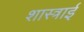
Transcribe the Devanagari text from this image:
शास्त्राई